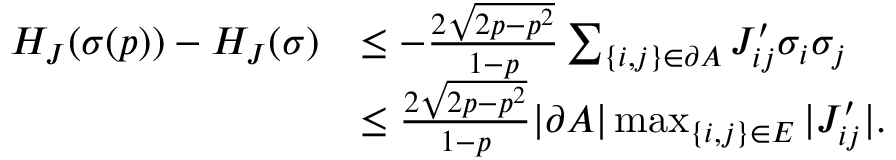
\begin{array} { r l } { H _ { J } ( \sigma ( p ) ) - H _ { J } ( \sigma ) } & { \le - \frac { 2 \sqrt { 2 p - p ^ { 2 } } } { 1 - p } \sum _ { \{ i , j \} \in \partial A } J _ { i j } ^ { \prime } \sigma _ { i } \sigma _ { j } } \\ & { \le \frac { 2 \sqrt { 2 p - p ^ { 2 } } } { 1 - p } | \partial A | \operatorname* { m a x } _ { \{ i , j \} \in E } | J _ { i j } ^ { \prime } | . } \end{array}